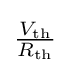
{\textstyle {\frac {V_{\mathrm {th} }}{R_{\mathrm {th} }}}}